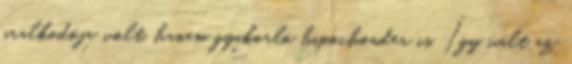
uralkodója volt, hanem gyakorló hipochonder is. Így vált az